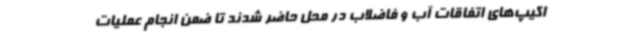
اکیپ‌های اتفاقات آب و فاضلاب در محل حاضر شدند تا ضمن انجام عملیات